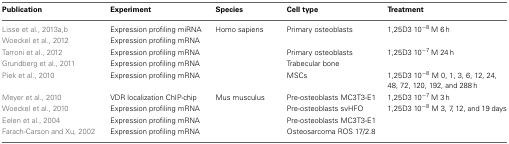
<table><thead><tr><td><b>Publication</b></td><td><b>Experiment</b></td><td><b>Species</b></td><td><b>Cell type</b></td><td><b>Treatment</b></td></tr></thead><tbody><tr><td>Lisse et al., 2013a,b</td><td>Expression profiling miRNA</td><td>Homo sapiens</td><td>Primary osteoblasts</td><td>1,25D3 10<sup>−8</sup> M 6 h</td></tr><tr><td>Woeckel et al., 2012</td><td>Expression profiling mRNA</td><td>[EMPTY_CELL]</td><td>[EMPTY_CELL]</td><td>[EMPTY_CELL]</td></tr><tr><td>Tarroni et al., 2012</td><td>Expression profiling mRNA</td><td>[EMPTY_CELL]</td><td>Primary osteoblasts</td><td>1,25D3 10<sup>−7</sup> M 24 h</td></tr><tr><td>Grundberg et al., 2011</td><td>Expression profiling mRNA</td><td>[EMPTY_CELL]</td><td>Trabecular bone</td><td>[EMPTY_CELL]</td></tr><tr><td>Piek et al., 2010</td><td>Expression profiling mRNA</td><td>[EMPTY_CELL]</td><td>MSCs</td><td>1,25D3 10<sup>−8</sup> M 0, 1, 3, 6, 12, 24, 48, 72, 120, 192, and 288 h</td></tr><tr><td>Meyer et al., 2010</td><td>VDR localization ChIP-chip</td><td>Mus musculus</td><td>Pre-osteoblasts MC3T3-E1</td><td>1,25D3 10<sup>−7</sup> M 3 h</td></tr><tr><td>Woeckel et al., 2010</td><td>Expression profiling mRNA</td><td>[EMPTY_CELL]</td><td>Pre-osteoblasts svHFO</td><td>1,25D3 10<sup>−8</sup> M 3, 7, 12, and 19 days</td></tr><tr><td>Eelen et al., 2004</td><td>Expression profiling mRNA</td><td>[EMPTY_CELL]</td><td>Pre-osteoblasts MC3T3-E1</td><td>[EMPTY_CELL]</td></tr><tr><td>Farach-Carson and Xu, 2002</td><td>Expression profiling mRNA</td><td>[EMPTY_CELL]</td><td>Osteosarcoma ROS 17/2.8</td><td>[EMPTY_CELL]</td></tr></tbody></table>